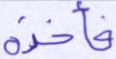
فأخذه